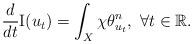
LaTeX: \begin{align*}\frac{d}{dt} {\rm I}(u_t) = \int_X \chi \theta_{u_t}^n, \ \forall t\in \mathbb{R}. \end{align*}